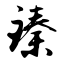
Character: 臻